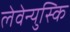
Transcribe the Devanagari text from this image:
लेवेन्युस्कि